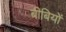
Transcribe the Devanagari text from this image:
बीबियों